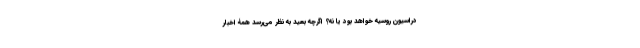
دراسیون روسیه خواهد بود یا نه؟ اگرچه بعید به نظر می‌رسد همۀ اخبار